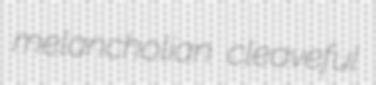
melancholian cleaveful